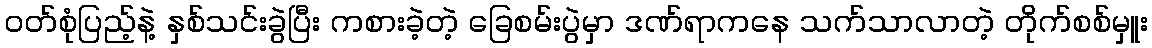
ဝတ်စုံပြည့်နဲ့ နှစ်သင်းခွဲပြီး ကစားခဲ့တဲ့ ခြေစမ်းပွဲမှာ ဒဏ်ရာကနေ သက်သာလာတဲ့ တိုက်စစ်မှူး